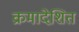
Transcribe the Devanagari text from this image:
क्रमादेशित